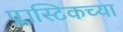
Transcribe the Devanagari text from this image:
प्लास्टिकच्या